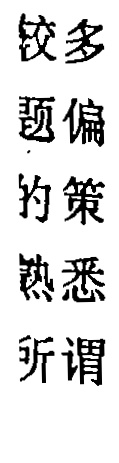
较多
题偏
的策
熟悉
所谓